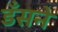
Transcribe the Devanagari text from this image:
डँसने